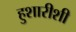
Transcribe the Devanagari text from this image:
हुशारीशी